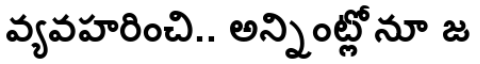
వ్యవహరించి.. అన్నింట్లోనూ జ